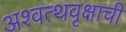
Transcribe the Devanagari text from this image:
अश्वत्थवृक्षाची